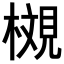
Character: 𪳩